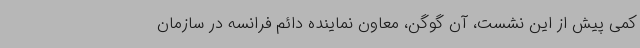
کمی پیش از این نشست، آن گوگن، معاون نماینده دائم فرانسه در سازمان